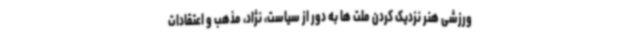
ورزشی هنر نزدیک کردن ملت ها به دور از سیاست، نژاد، مذهب و اعتقادات